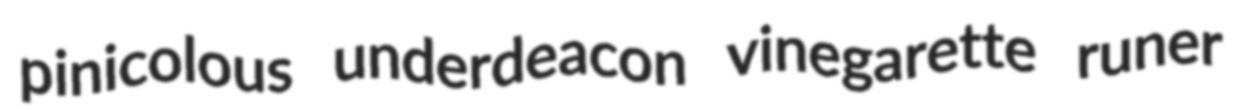
pinicolous underdeacon vinegarette runer